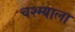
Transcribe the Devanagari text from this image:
चश्म्याला